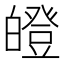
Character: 𤾢